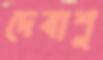
দেবাশু